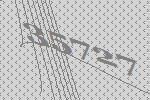
35727